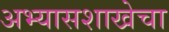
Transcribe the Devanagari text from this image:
अभ्यासशाखेचा